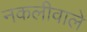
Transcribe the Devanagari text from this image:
नकलीवाले